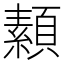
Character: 𩔥